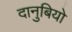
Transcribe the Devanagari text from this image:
दानुबियो